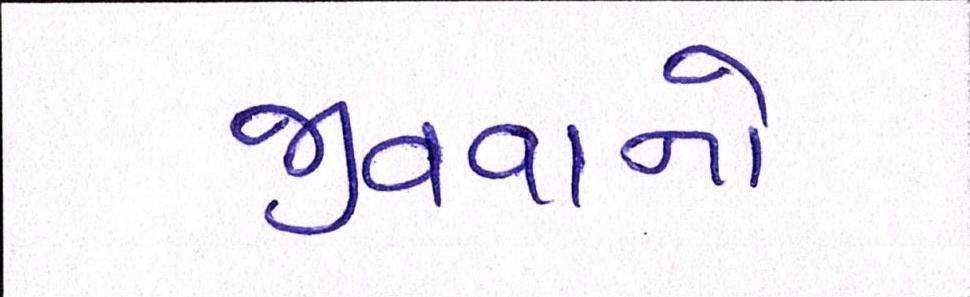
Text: જીવવાનો